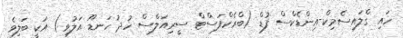
ހައި ގްލައިސެމިކް-އިންޑެކްސް ފުޑް (ބްރެކްފަސްޓް ސީރިއަލްސް ހުދު ހަނޑޫ އަލުވި) އަކީ ބަލިވެ